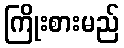
ကြိုးစားမည်